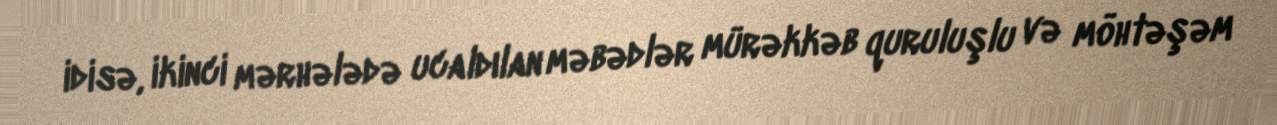
idisə, ikinci mərhələdə ucaldılan məbədlər mürəkkəb quruluşlu və möhtəşəm